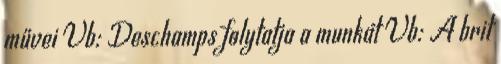
művei Vb: Deschamps folytatja a munkát Vb: A brit